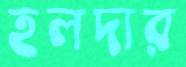
হলদার